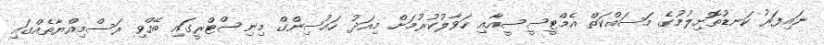
ނައިފަރު ކަނޑުތޮށިލުމުގެ މަސައްކަތް އެމްޓީސީސީއާއި ހަވާލުކުރުމަށް މިއަދު ހައުސިންގް މިނިސްޓްރީގައި ބޭއްވި ރަސްމިއްޔާތެއްގައި